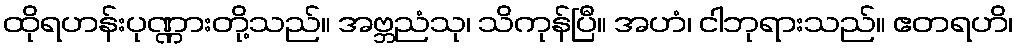
ထိုရဟန်းပုဏ္ဏားတို့သည်။ အဗ္ဘညံသု၊ သိကုန်ပြီ။ အဟံ၊ ငါဘုရားသည်။ ဧတရဟိ၊